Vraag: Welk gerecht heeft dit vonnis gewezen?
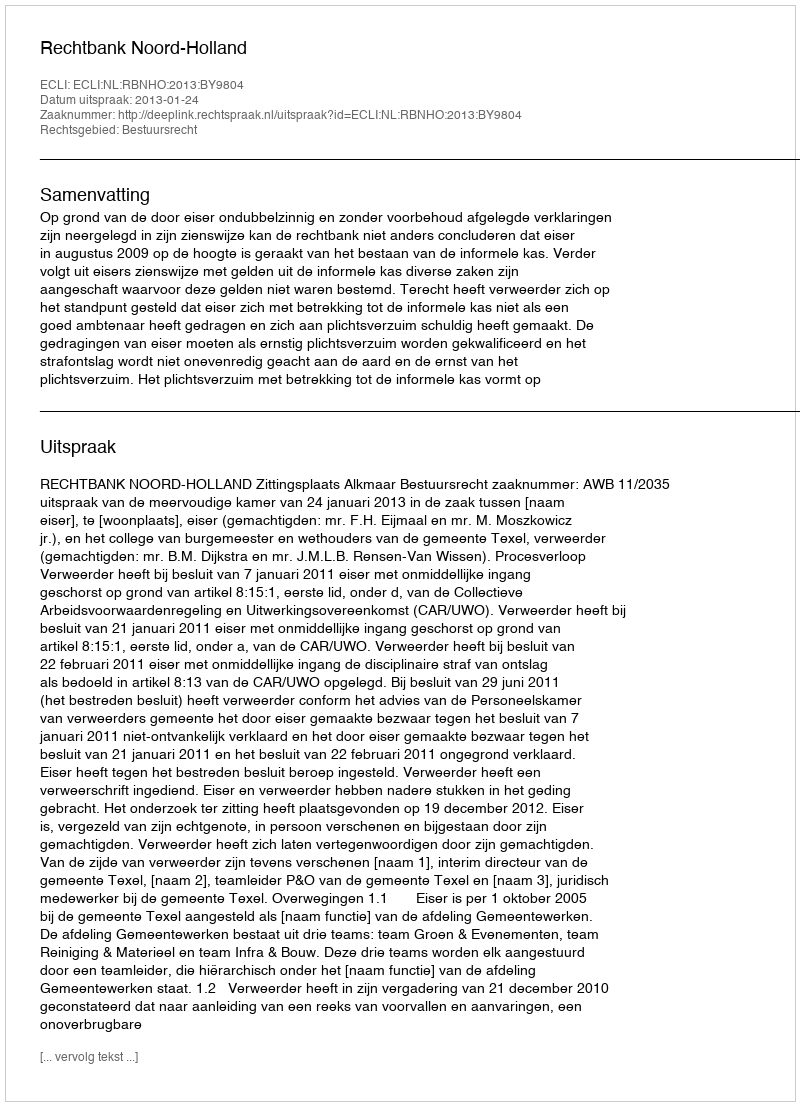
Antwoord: Rechtbank Noord-Holland